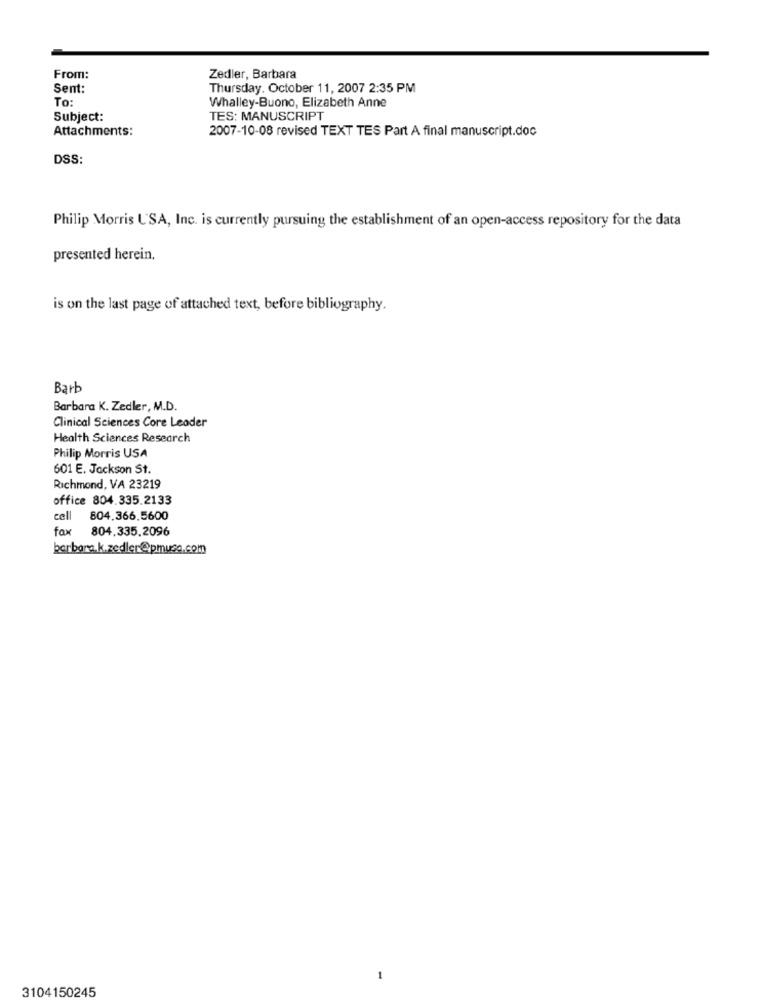
From:
Zedler, Barbara
Sent:
Thursday, October 11, 2007 2:35 PM
To:
Whalley-Buono, Elizabeth Anne
Subject:
TES: MANUSCRIPT
Attachments:
2007-10-08 revised TEXT TES Part A final manuscript.doc
DSS:
Philip Morris USA, Inc. is currently pursuing the establishment of an open-access repository for the data
presented herein.
is on the last page of attached text, before bibliography.
Barb
Barbara K. Zedler, M.D.
Clinical Sciences Core Leader
Health Sciences Research
Philip Morris USA
601 E. Jackson St.
Richmond, VA 23219
office 804.335.2133
cell
804.366.5600
fax
804,335.2096
barbara.k.zedler@pmusa.com
-
3104150245